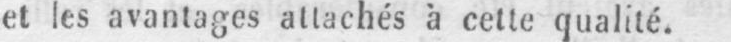
et les avantages attachés à cette qualité.